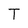
Character: T